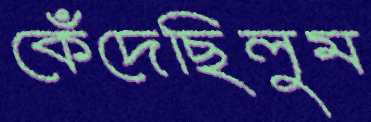
কেঁদেছিলুম